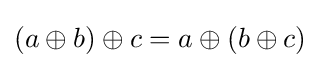
(a\oplus b)\oplus c=a\oplus (b\oplus c)